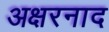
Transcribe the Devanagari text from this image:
अक्षरनाद